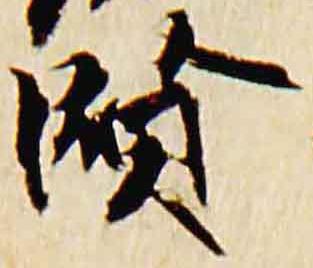
賢